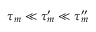
\tau _ { m } \ll \tau _ { m } ^ { \prime } \ll \tau _ { m } ^ { \prime \prime }